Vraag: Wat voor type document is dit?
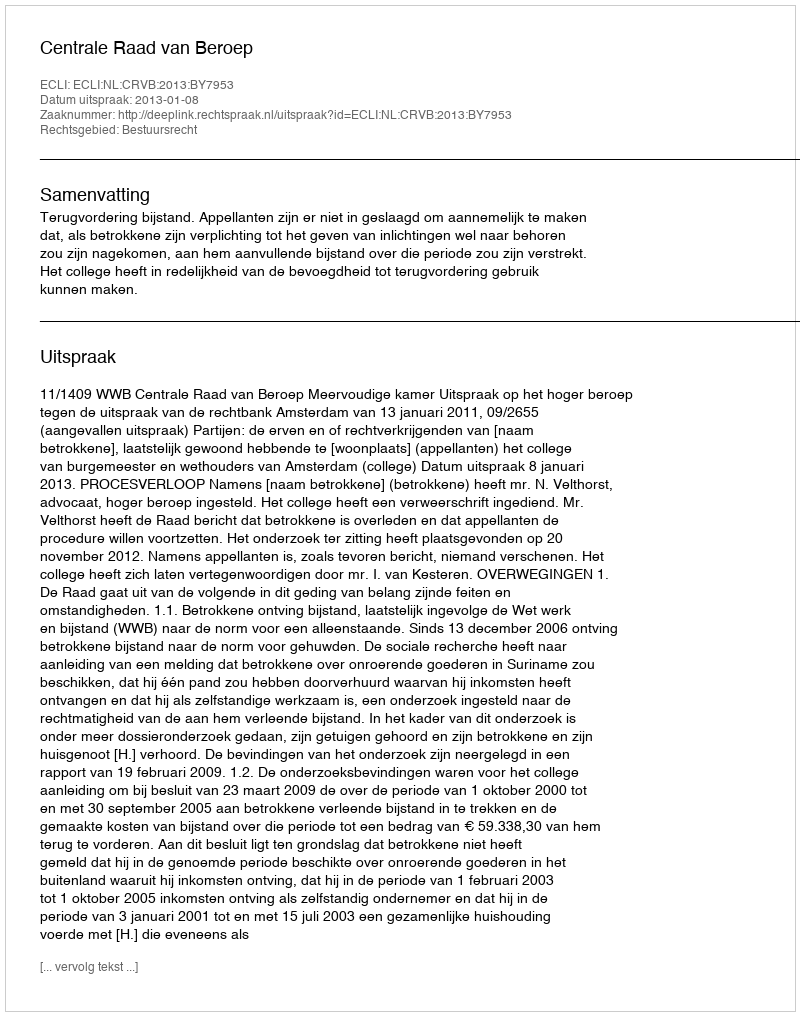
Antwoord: Uitspraak